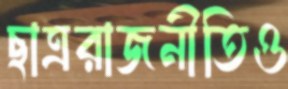
ছাত্ররাজনীতিও